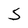
Character: S